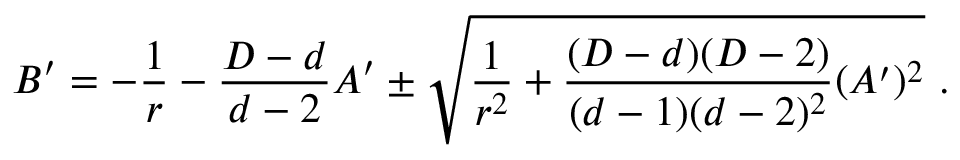
B ^ { \prime } = - { \frac { 1 } { r } } - { \frac { D - d } { d - 2 } } A ^ { \prime } \pm \sqrt { { \frac { 1 } { r ^ { 2 } } } + { \frac { ( D - d ) ( D - 2 ) } { ( d - 1 ) ( d - 2 ) ^ { 2 } } } ( A ^ { \prime } ) ^ { 2 } } ~ .